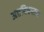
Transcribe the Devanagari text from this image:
अष्ठदिक्पाल